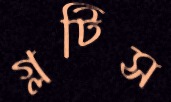
গ্লটিস